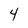
Character: 4